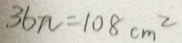
3 6 n = 1 0 8 c m ^ { 2 }